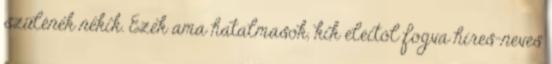
szülének nékik. Ezek ama hatalmasok, kik eleitől fogva híres-neves